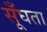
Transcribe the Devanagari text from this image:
सूँघता